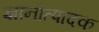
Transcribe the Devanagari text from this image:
ज्ञानोत्पादक